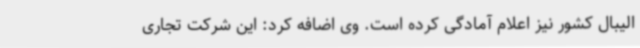
الیبال کشور نیز اعلام آمادگی کرده است. وی اضافه کرد: این شرکت تجاری